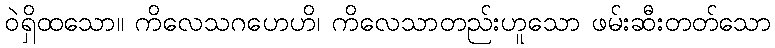
ဝဲရှိထသော။ ကိလေသဂဟေဟိ၊ ကိလေသာတည်းဟူသော ဖမ်းဆီးတတ်သော